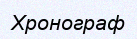
Хронограф